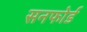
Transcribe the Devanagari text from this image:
सनफोर्ड